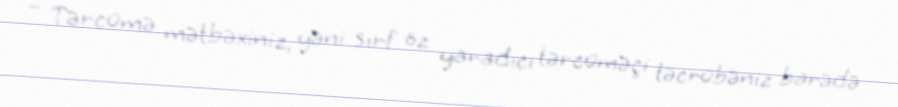
– Tərcümə mətbəxiniz, yəni sırf öz yaradıcı tərcüməçi təcrübəniz barədə